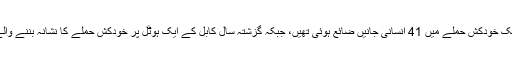
پہلی بار 2008ء میں بھارتی سفارتخانے پر ایک خودکش حملے میں 41 انسانی جانیں ضائع ہوئی تھیں، جبکہ گزشتہ سال کابل کے ایک ہوٹل پر خودکش حملے کا نشانہ بننے والے 16 افراد میں سے سات بھارتی شہری تھے۔